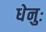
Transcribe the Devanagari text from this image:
धेनुः